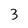
Character: 3